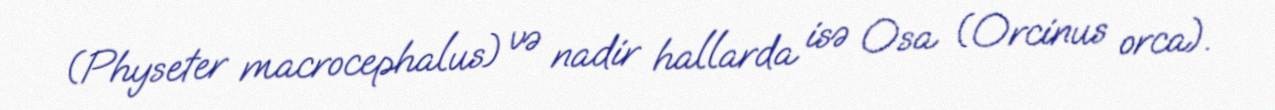
(Physeter macrocephalus) və nadir hallarda isə Osa (Orcinus orca).